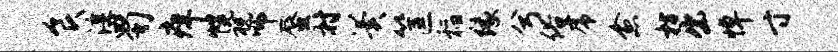
食淳蜀痒幌祝师蜃村翼筐稻缘兮俗虎愈枋出悼寸